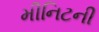
મીનિટની